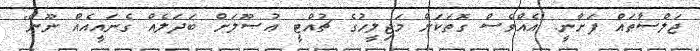
ޖަލްސާތައް ފަށާނީ. އެއްވެސް ގޮތަކަށް މަޖިލީހުގެ ޗުއްޓީ ޢުޞޫލަށް ބަދަލެއް ގެނައީއެއް ނޫން"